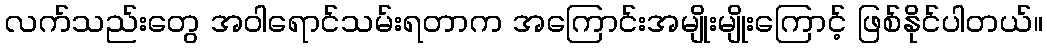
လက်သည်းတွေ အဝါရောင်သမ်းရတာက အကြောင်းအမျိုးမျိုးကြောင့် ဖြစ်နိုင်ပါတယ်။